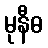
မုနီဓ